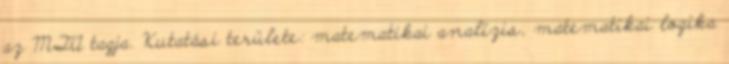
az MTA tagja. Kutatási területe: matematikai analízis, matematikai logika